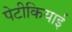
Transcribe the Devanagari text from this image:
पेटीकियाई